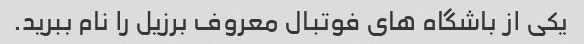
یکی از باشگاه های فوتبال معروف برزیل را نام ببرید.